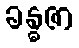
ခန္ဓဇာ